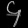
Digit: ၄